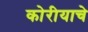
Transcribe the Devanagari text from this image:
कोरीयाचे